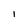
Character: 1